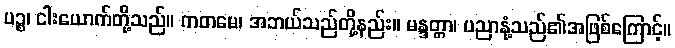
ပဉ္စ၊ ငါးယောက်တို့သည်။ ကတမေ၊ အဘယ်သည်တို့နည်း။ မန္ဒတ္တာ၊ ပညာနုံ့သည်၏အဖြစ်ကြောင့်။